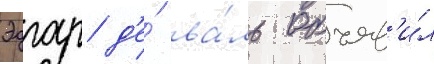
Эдгар д'е́ ва́ль объяв'и́л